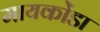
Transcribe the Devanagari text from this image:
मायकोंडा